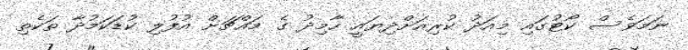
ނަމަވެސް ކޯޓުގައި މިއަދު ކުރިއަށްދިޔައީ ހާމިދު ގެ މައްޗަށް އުފުލި ކުޑަކަމުދާ ތަކެތި